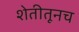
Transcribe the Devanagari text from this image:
शेतीतूनच